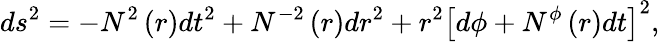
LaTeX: ds^{2}=-N^{2}\left(r\right)dt^{2}+N^{-2}\left(r\right)dr^{2}+r^{2}\left[d\phi+N^{\phi}\left(r\right)dt\right]^{2},